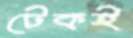
টেকই